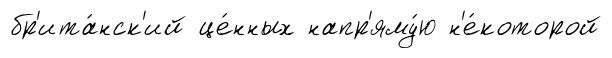
бр'ита́нск'ий це́нных напр'яму́ю н'е́которой